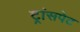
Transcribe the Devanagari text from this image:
ट्रांसपेट